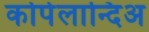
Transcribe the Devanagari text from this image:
कोपेलान्दिअ